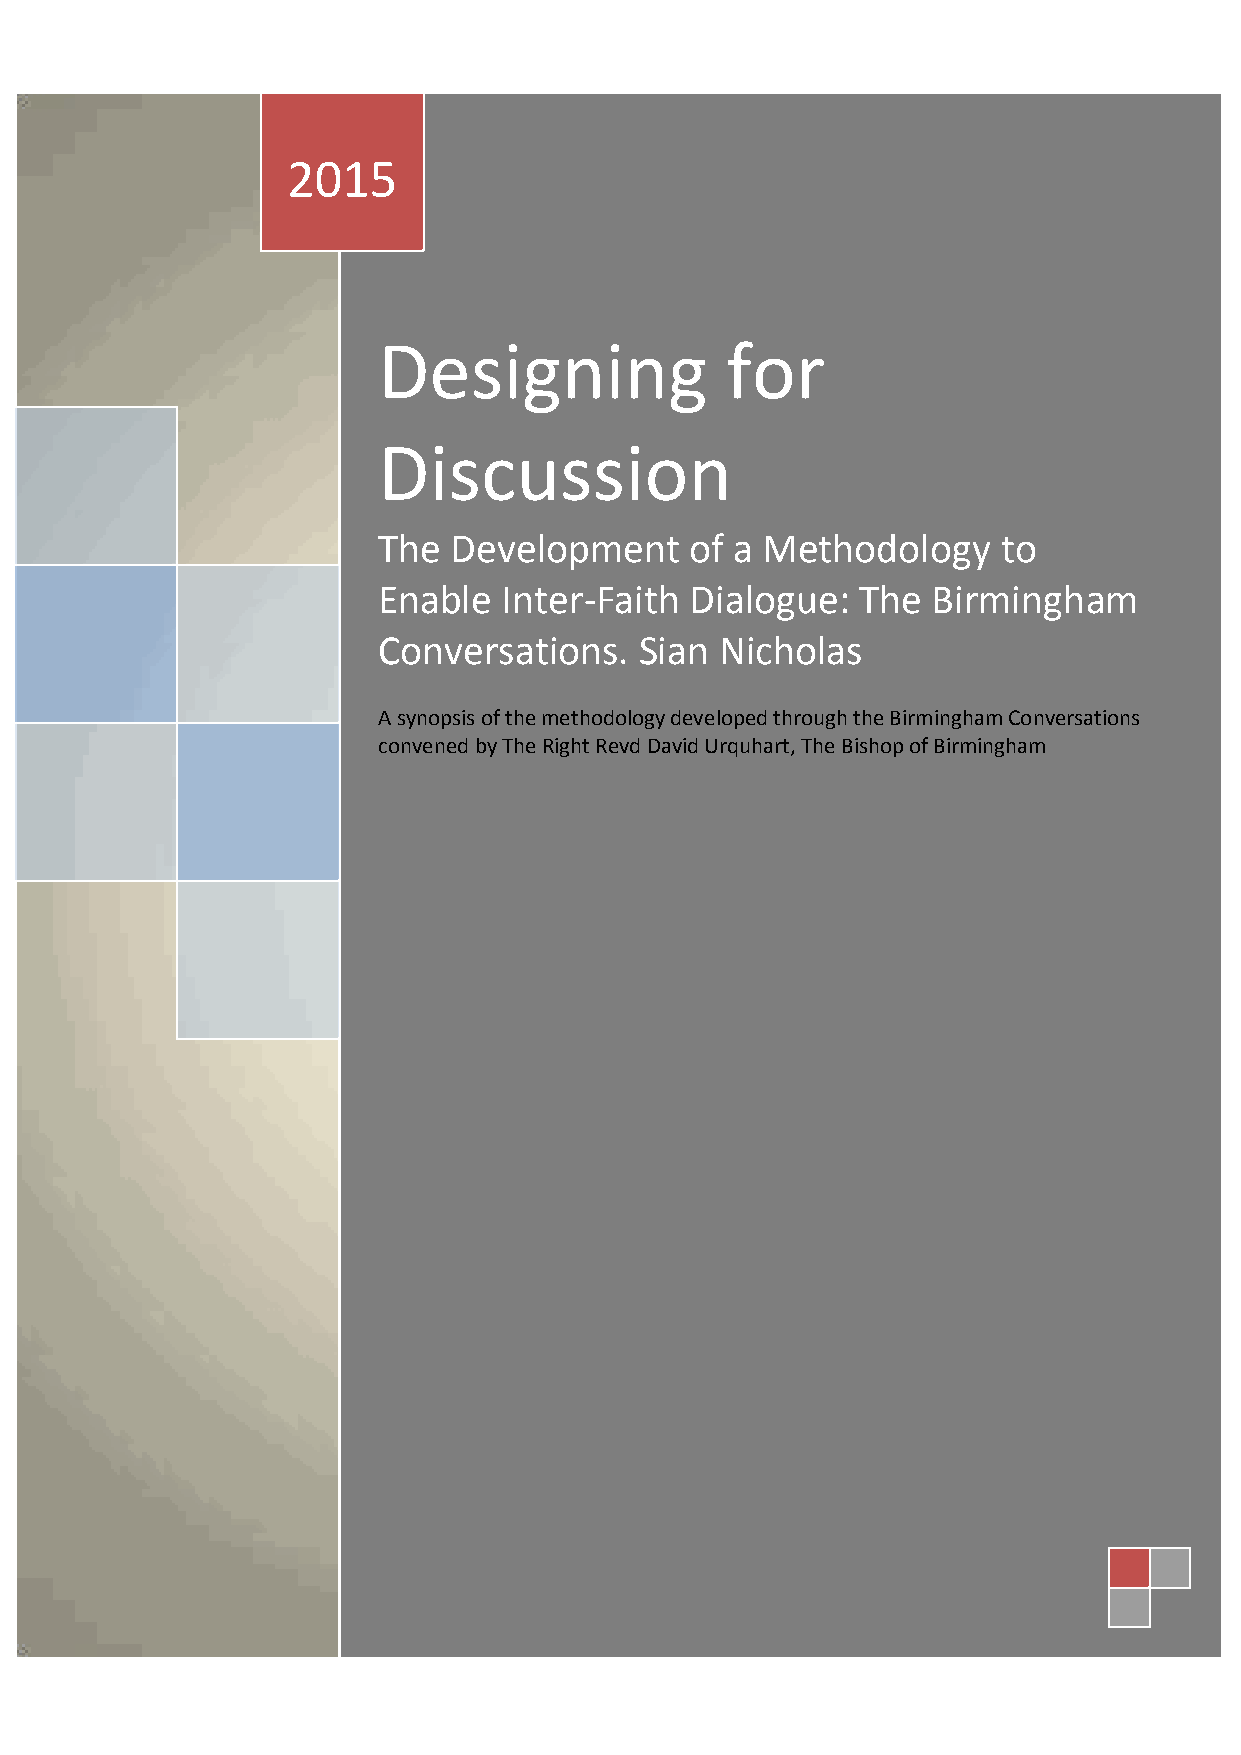
2015
 Designing              for
 Discussion
 The  Development     of a Methodology    to
 Enable  Inter-Faith  Dialogue:  The  Birmingham
 Conversations.   Sian  Nicholas
 A synopsis of the methodology developed through the Birmingham Conversations
 convened by The Right Revd David Urquhart, The Bishop of Birmingham